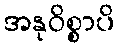
အနုဝိစ္စာပိ